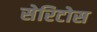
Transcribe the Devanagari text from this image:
सेरिटोस